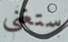
ستغني